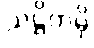
သဋ္ဌိကမှိ